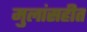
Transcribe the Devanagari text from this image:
मुलांसहीत